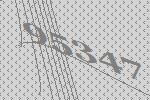
95347